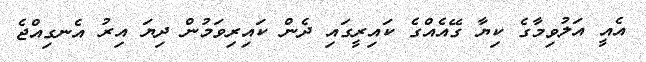
އެއީ އަލުވިމާގެ ކިޔާ ގޭއެއްގެ ކައިރީގައި ދެން ކައިރިވަމުން ދިޔަ އިރު އެނގިއްޖެ